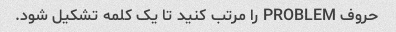
حروف PROBLEM را مرتب کنید تا یک کلمه تشکیل شود.